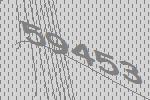
59453